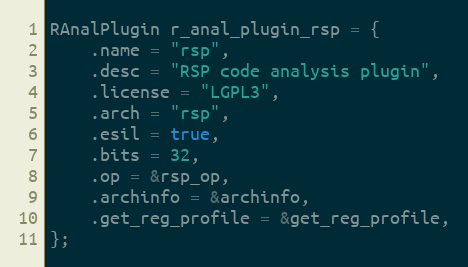
Language: C
RAnalPlugin r_anal_plugin_rsp = {
	.name = "rsp",
	.desc = "RSP code analysis plugin",
	.license = "LGPL3",
	.arch = "rsp",
	.esil = true,
	.bits = 32,
	.op = &rsp_op,
	.archinfo = &archinfo,
	.get_reg_profile = &get_reg_profile,
};